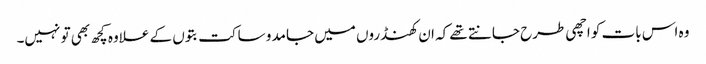
وہ اس بات کو اچھی طرح جانتے تھے کہ ان کھنڈروں میں جامد و ساکت بتوں کے علاوہ کچھ بھی تو نہیں۔